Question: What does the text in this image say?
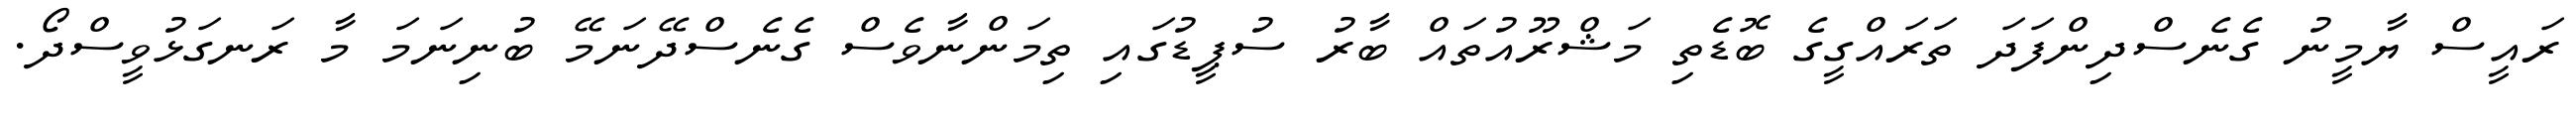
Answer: ރައީސް ޔާމީނު ގެނެސްދިންފަދަ ތަރައްގީގެ ބޮޑެތި މަޝްރޫއުތައް ބާރު ސުޕީޑުގައި ތިމަންނާވެސް ގެނެސްދޭނަމޭ ބުނިނަމަ މާ ރަނގަޅުވީސްދޯ.